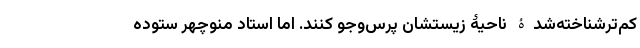
کم‌ترشناخته‌شدۀ ناحیۀ زیستشان پرس‌وجو کنند. اما استاد منوچهر ستوده